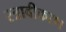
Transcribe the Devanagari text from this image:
स्त्रावीकरण